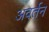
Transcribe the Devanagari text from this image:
अवर्तन